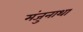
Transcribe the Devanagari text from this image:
मंजुनाथा